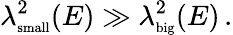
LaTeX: \lambda_{\mathrm{\scriptsize{small}}}^{2}(E)\gg\lambda_{\mathrm{\scriptsize{big}}}^{2}(E)\, .